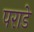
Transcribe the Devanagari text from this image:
पराडे